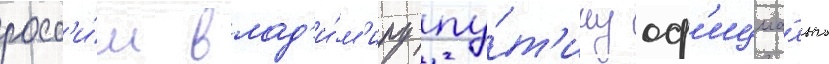
росс'и́и влад'и́м'иру пу́т'ину оф'ициа́льно